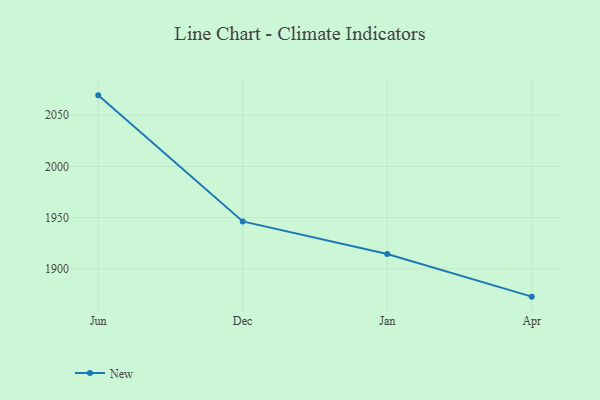
{"axis": {"x": "Month", "y": "Satisfaction Score"}, "legend": ["New"], "data": [{"x": "Jun", "y": 2069.4, "type": "New"}, {"x": "Dec", "y": 1946.2, "type": "New"}, {"x": "Jan", "y": 1914.3, "type": "New"}, {"x": "Apr", "y": 1872.7, "type": "New"}]}